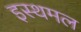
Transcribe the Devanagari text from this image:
इस्थमल